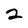
Character: 2